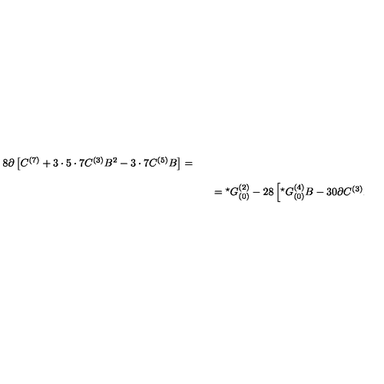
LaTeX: \begin{array} { r c l } { 8 \partial \left[ C ^ { ( 7 ) } + 3 \cdot 5 \cdot 7 C ^ { ( 3 ) } B ^ { 2 } - 3 \cdot 7 C ^ { ( 5 ) } B \right] = } & { } & { } \\ { } & { } & { } \\ { } & { } & { = { } ^ { \star } G _ { ( 0 ) } ^ { ( 2 ) } - 2 8 \left[ { } ^ { \star } G _ { ( 0 ) } ^ { ( 4 ) } B - 3 0 \partial C ^ { ( 3 ) } B ^ { 2 } \right] , } \\ \end{array}